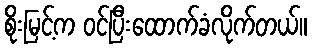
စိုးမြင့်က ဝင်ပြီးထောက်ခံလိုက်တယ်။